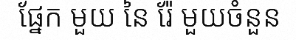
ផ្នែក មួយ នៃ រ៉ែ មួយចំនួន